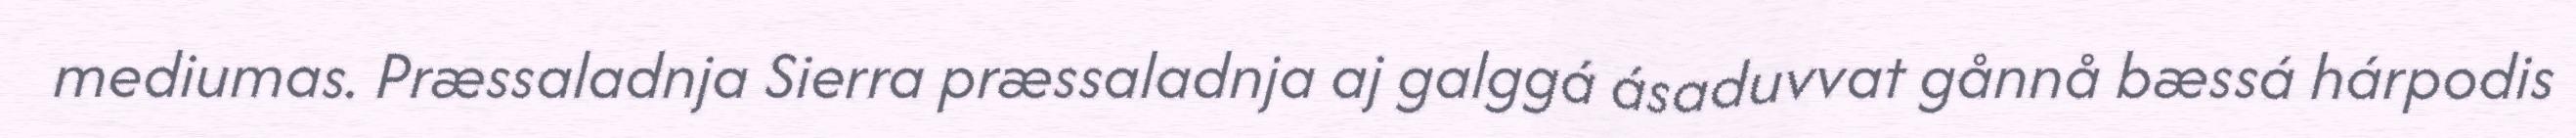
mediumas. Præssaladnja Sierra præssaladnja aj galggá ásaduvvat gånnå bæssá hárpodis